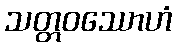
သတ္တဝဿောဟံ